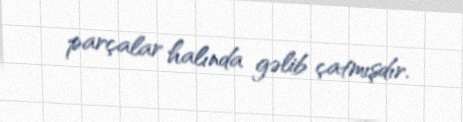
parçalar halında gəlib çatmışdır.